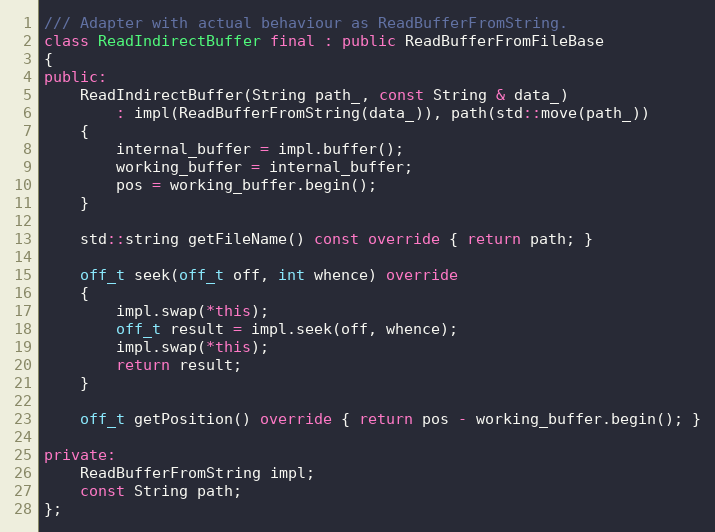
Language: C++
/// Adapter with actual behaviour as ReadBufferFromString.
class ReadIndirectBuffer final : public ReadBufferFromFileBase
{
public:
    ReadIndirectBuffer(String path_, const String & data_)
        : impl(ReadBufferFromString(data_)), path(std::move(path_))
    {
        internal_buffer = impl.buffer();
        working_buffer = internal_buffer;
        pos = working_buffer.begin();
    }

    std::string getFileName() const override { return path; }

    off_t seek(off_t off, int whence) override
    {
        impl.swap(*this);
        off_t result = impl.seek(off, whence);
        impl.swap(*this);
        return result;
    }

    off_t getPosition() override { return pos - working_buffer.begin(); }

private:
    ReadBufferFromString impl;
    const String path;
};